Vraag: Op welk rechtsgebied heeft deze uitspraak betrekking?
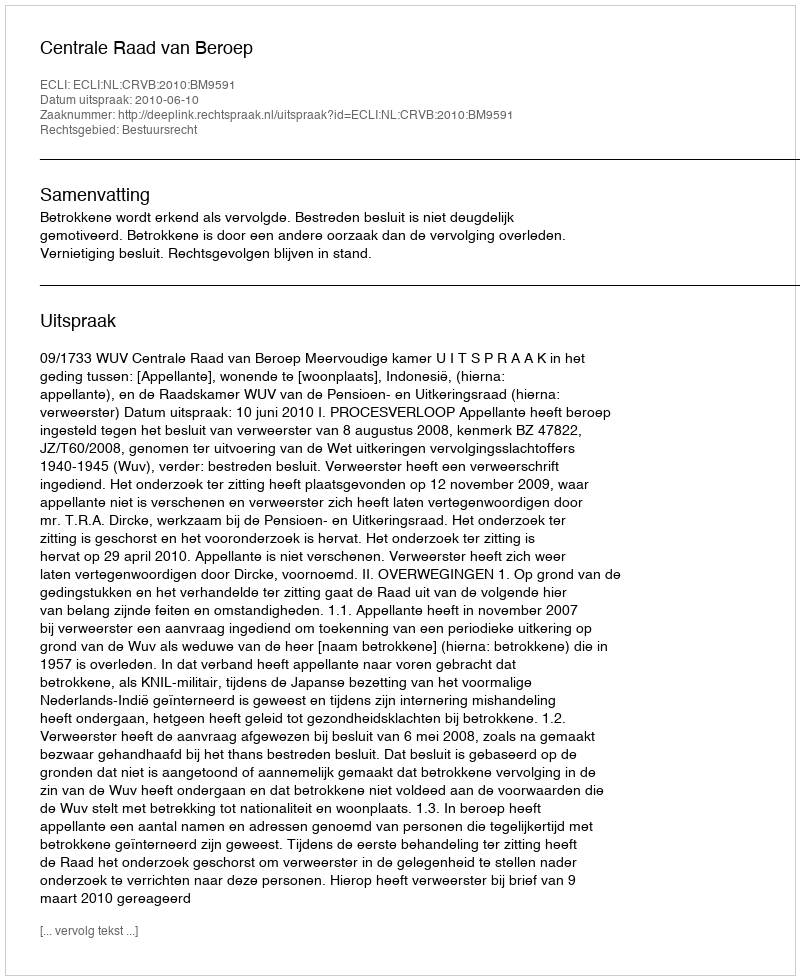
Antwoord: Bestuursrecht